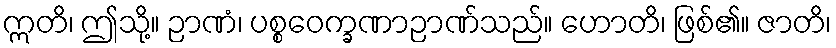
ဣတိ၊ ဤသို့။ ဉာဏံ၊ ပစ္စဝေက္ခဏာဉာဏ်သည်။ ဟောတိ၊ ဖြစ်၏။ ဇာတိ၊